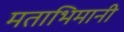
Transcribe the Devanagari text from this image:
मताभिमानी